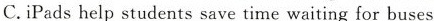
C.iPads help students save time waiting for buses